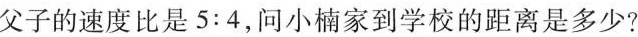
父子的速度比是5:4，问小楠家到学校的距离是多少?